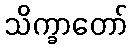
သိက္ခာတော်